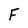
Character: F